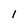
Character: 1